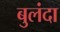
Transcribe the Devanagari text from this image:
बुलंदा